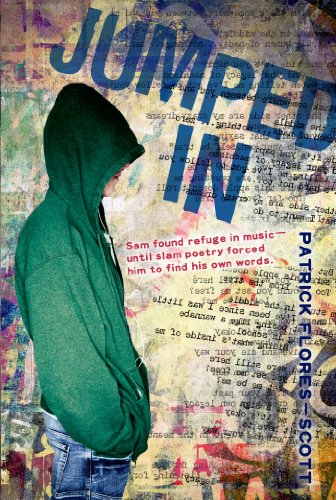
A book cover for Jumped In; Patrick Flores-Scott; Teen & Young Adult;